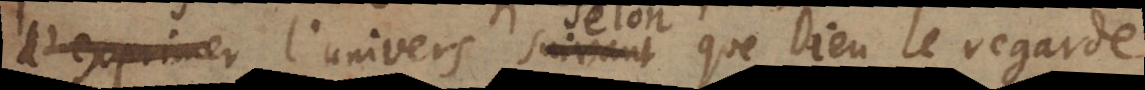
er l’univers suivant que Dieu le regarde